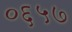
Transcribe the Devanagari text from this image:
०६५७